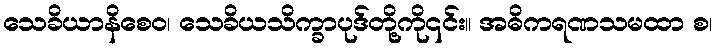
သေခိယာနိစေဝ၊ သေခိယသိက္ခာပုဒ်တို့ကို၎င်း။ အဓိကရဏသမထာ စ၊